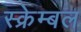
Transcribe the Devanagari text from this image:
स्क्रेम्बल